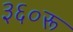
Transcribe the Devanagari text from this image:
३६०रू